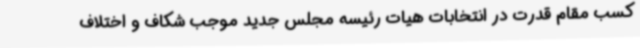
کسب مقام قدرت در انتخابات هیات رئیسه مجلس جدید موجب شکاف و اختلاف